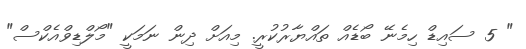
" 5 ސައިޑް ހިމެނޭ ބޯޑެއް ތައްޔާާރުކުރީ. މިއަށް ދިން ނަމަކީ "މޯލްޑިވްއެކްސް"